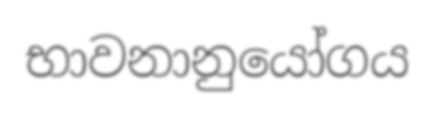
භාවනානුයෝගය